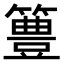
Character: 𥴡